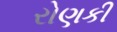
રોણકી